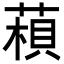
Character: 𦹶